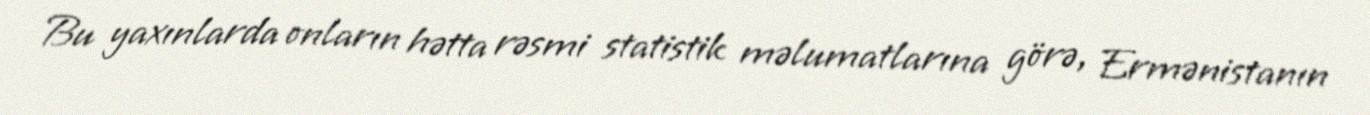
Bu yaxınlarda onların hətta rəsmi statistik məlumatlarına görə, Ermənistanın